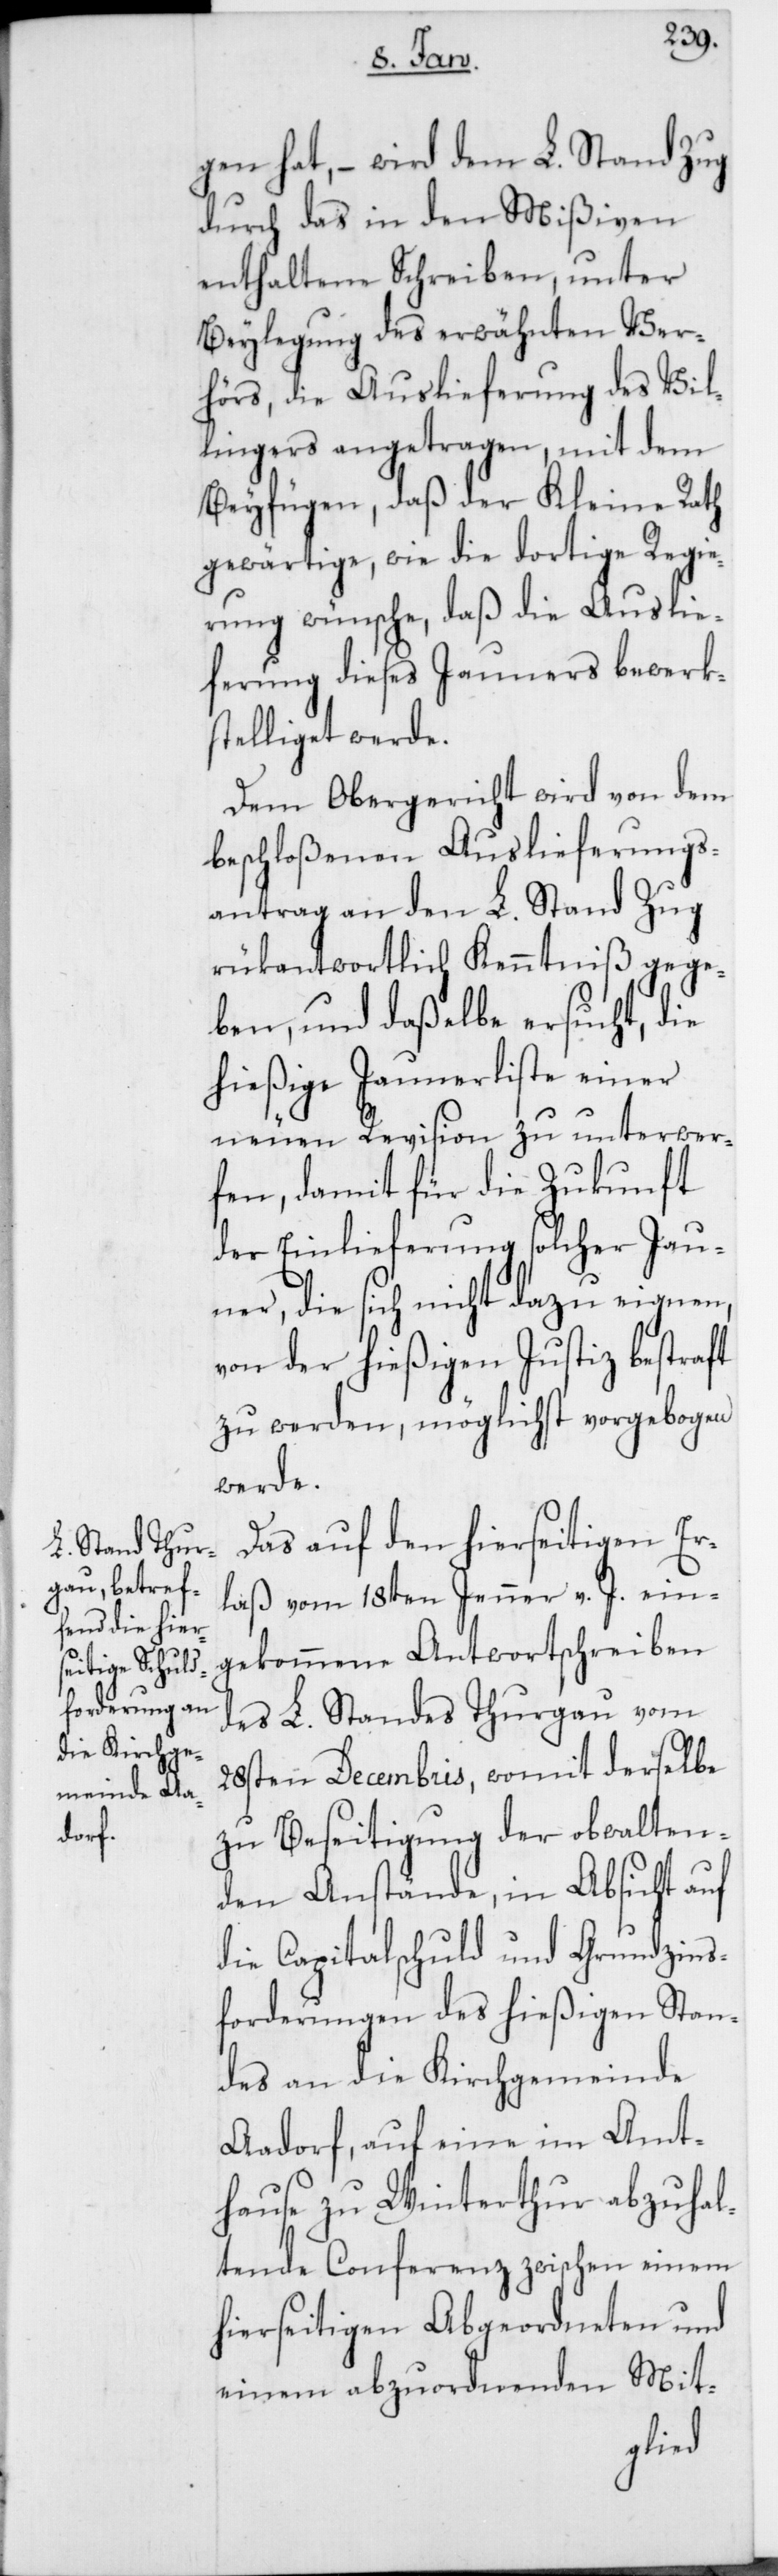
gen hat, – wird dem L. Stand Zug
durch das in den Mißiven
enthaltene Schreiben, unter
Beylegung des erwähnten Ver¬
hörs, die Auslieferung des Vil¬
lingers angetragen, mit dem
Beyfügen, daß der Kleine Rath
gewärtige, wie die dortige Regie¬
rung wünsche, daß die Auslie¬
ferung dieses Jauners bewerk¬
stelliget werde.
Dem Obergericht wird von dem
beschloßenen Auslieferungs¬
antrag an den L. Stand Zug
rükantwortlich Kenntniß gege¬
ben, und daßelbe ersucht, die
hießige Jaunerliste einer
neuen Revision zu unterwer¬
fen, damit für die Zukunft
der Einlieferung solcher Jau¬
ner, die sich nicht dazu eignen,
von der hießigen Justiz bestraft
zu werden, möglichst vorgebogen
werde.
Das auf den hierseitigen Er¬
laß vom 18ten Jenner v. J. ein¬
gekommene Antwortschreiben
des L. Standes Thurgau vom
28sten Decembris, womit derselbe
zu Beseitigung der obwalten¬
den Anstände, in Absicht auf
die Capitalschuld und Gundzins¬
forderungen des hießigen Stan¬
des an die Kirchgemeinde
Aadorf, auf eine im Amt¬
hause zu Winterthur abzuhal¬
tende Conferenz zwischen einem
hierseitigen Abgeordneten und
Mit-
einem abzuordnenden